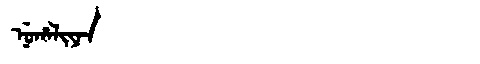
Manchu: ᠨᡠᡥᠠᠯᡳᠶᠠᠨ
Romanization: NUHALIYAN